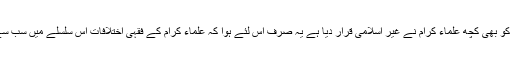
آج اسلامی بینکاری کو بھی کچھ علماء کرام نے غیر اسلامی قرار دیا ہے یہ صرف اس لئے ہوا کہ علماء کرام کے فقہی اختلافات اس سلسلے میں سب سے بڑی رکاوٹ ہیں۔